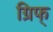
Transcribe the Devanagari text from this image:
ग्रिफ्